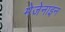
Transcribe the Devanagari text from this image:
मेजेनाइन